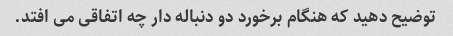
توضیح دهید که هنگام برخورد دو دنباله دار چه اتفاقی می افتد.